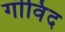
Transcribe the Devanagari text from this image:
गॊविंद